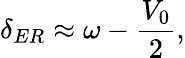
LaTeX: \delta_{ER}\approx\omega-\frac{V_{0}}{2},